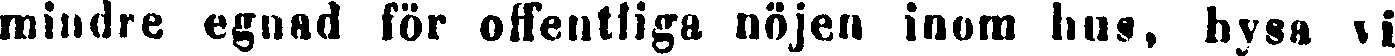
mindre egnad för offentliga nöjen inom hus, hysa v